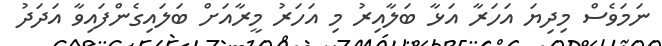
ނަމަވެސް މިދިޔަ އަހަރާ އަޅާ ބަލާއިރު މި އަހަރު މީރާއަށް ބަލައިގެންފައިވާ އަދަދު